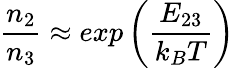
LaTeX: \frac{n_{2}}{n_{3}}\approx exp\left(\frac{E_{23}}{k_{B}T}\right)